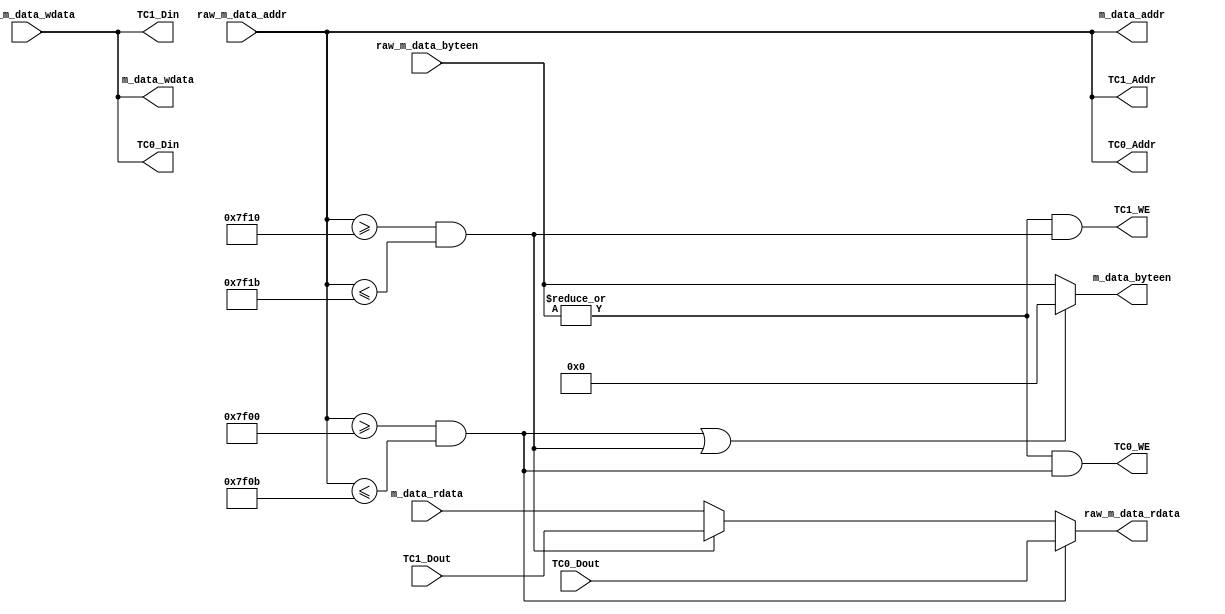
module Bridge (
    input wire [31:0] m_data_rdata,
    input wire [31:0] raw_m_data_addr,
    input wire [31:0] raw_m_data_wdata,
    input wire [3:0] raw_m_data_byteen,
    input wire [31:0] TC0_Dout,
    input wire [31:0] TC1_Dout,
    output wire [31:0] m_data_addr,
    output wire [31:0] m_data_wdata,
    output wire [3:0] m_data_byteen,
    output wire [31:0] raw_m_data_rdata,
    output wire [31:0] TC0_Addr,
    output wire [31:0] TC0_Din,
    output wire TC0_WE,
    output wire [31:0] TC1_Addr,
    output wire [31:0] TC1_Din,
    output wire TC1_WE
);
    assign TC0_Addr = raw_m_data_addr;
    assign TC1_Addr = raw_m_data_addr;
    assign m_data_addr = raw_m_data_addr;
    assign TC0_Din = raw_m_data_wdata;
    assign TC1_Din = raw_m_data_wdata;
    assign m_data_wdata = raw_m_data_wdata;
    wire TC0Hit = (raw_m_data_addr >= 32'h0000_7f00) && (raw_m_data_addr <= 32'h0000_7f0b);
    wire TC1Hit = (raw_m_data_addr >= 32'h0000_7f10) && (raw_m_data_addr <= 32'h0000_7f1b);
    wire WE = (| raw_m_data_byteen);
    assign TC0_WE = WE && TC0Hit;
    assign TC1_WE = WE && TC1Hit;
    assign m_data_byteen = (TC0Hit || TC1Hit) ? 4'b0000 : raw_m_data_byteen;
    assign raw_m_data_rdata = TC0Hit ? TC0_Dout :
                                TC1Hit ? TC1_Dout :
                                m_data_rdata;
endmodule